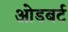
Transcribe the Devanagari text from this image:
ओडबर्ट